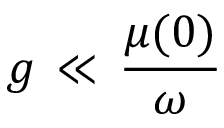
g \, \ll \, { \frac { \mu ( 0 ) } { \omega } }